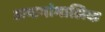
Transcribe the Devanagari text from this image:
अष्टमांगालिक